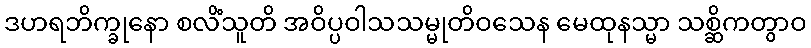
ဒဟရဘိက္ခုနော စလိံသူတိ အဝိပ္ပဝါသသမ္မုတိဝသေန မေထုနသ္မာ သစ္ဆိကတွာဝ